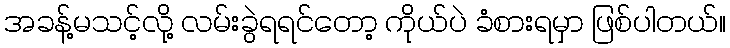
အခန့်မသင့်လို့ လမ်းခွဲရရင်တော့ ကိုယ်ပဲ ခံစားရမှာ ဖြစ်ပါတယ်။